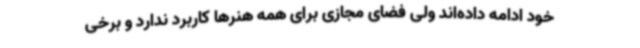
خود ادامه داده‌اند ولی فضای مجازی برای همه هنرها کاربرد ندارد و برخی